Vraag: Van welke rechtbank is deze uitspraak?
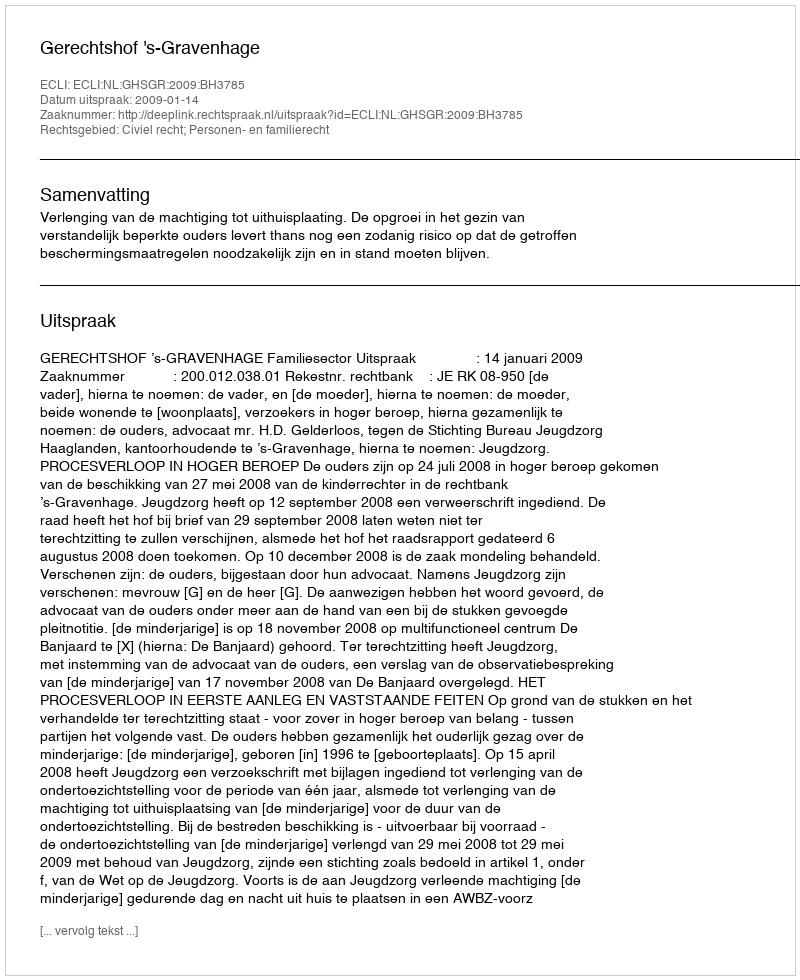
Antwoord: Gerechtshof 's-Gravenhage